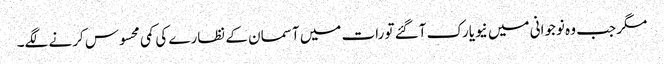
مگر جب وہ نوجوانی میں نیویارک آگئے تو رات میں آسمان کے نظارے کی کمی محسوس کرنے لگے۔